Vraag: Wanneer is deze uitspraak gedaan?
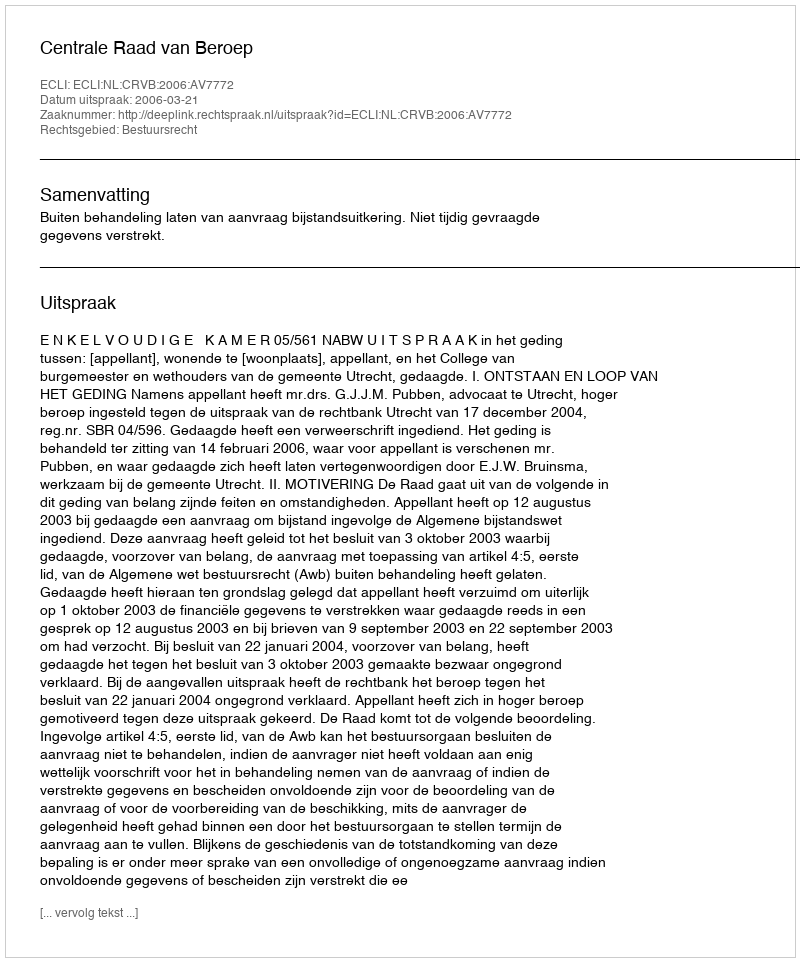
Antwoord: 2006-03-21